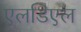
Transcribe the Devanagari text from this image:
एलडिएल